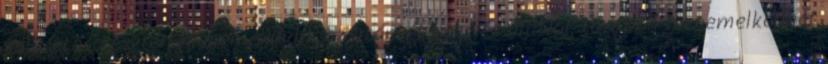
választása esetén megemelkedik az utánvét kezelés díjával, továbbá megemelkedhet